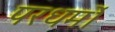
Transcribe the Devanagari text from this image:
परधर्मो